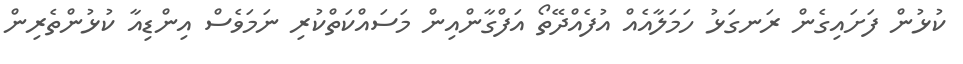
ކުޅުން ފަށައިގެން ރަނގަޅު ހަމަލާއެއް އުފެއްދޭތޯ އަފްގާންއިން މަސައްކަތްކުރި ނަމަވެސް އިންޑިއާ ކުޅުންތެރިން